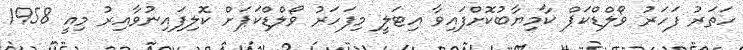
ހަތަރު ފަހަރު ވޯލްޑްކަޕް ކާމިޔާބުކޮށްފައިވާ އިޓަލީ މިފަހަރު ވޯލްޑްކަޕަށް ކޮލިފައިނުވާއިރު މިއީ 1958